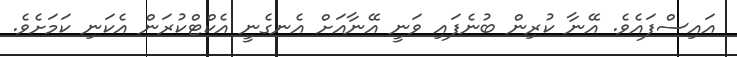
އައިސްފައެވެ. އޭނާ ކުރިން ބުނެފައި ވަނީ އޭނާއަށް އެނގެނީ އެކްޓްކުރަން އެކަނި ކަމަށެވެ.